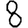
Digit: 8